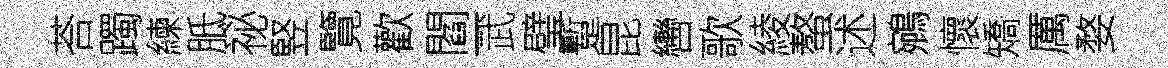
荅躅練胝祕竪覽歡閻一武璧蹔昆轡歌綾螯述鵷懷矯厲婺